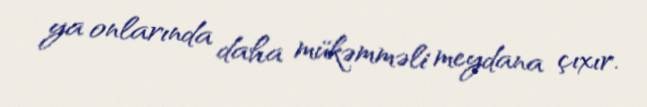
ya onlarında daha mükəmməli meydana çıxır.